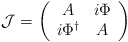
\begin{align*}{\cal J} = \left( \begin{array}{cc} A & i \Phi \\ i \Phi^{\dag} & A \end{array} \right)\end{align*}